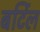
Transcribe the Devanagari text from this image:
बर्टिल